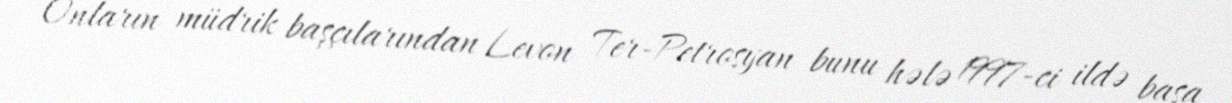
Onların müdrik başçılarından Levon Ter-Petrosyan bunu hələ 1997-ci ildə başa